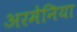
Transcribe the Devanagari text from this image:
अरमेनिया